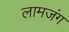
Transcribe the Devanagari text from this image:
लामजंग